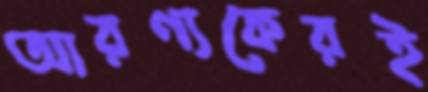
আরণ্যকেরই